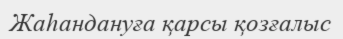
Жаһандануға қарсы қозғалыс